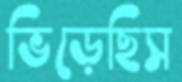
ভিড়েছিস